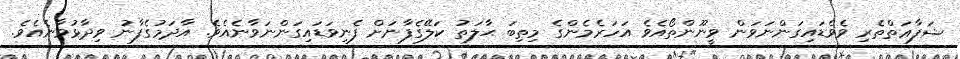
ޝަފާޢަތްތެރި ވެވެޑައިގަންނަވަން ވީނޫންތޯއެވެ އަހަރެމެންގެ މިތިބަ ޙާލަތު ކަލޭގެފާނަށް ފެނިވަޑައިގަންނަވާނެއެވެ. އާދަމުގެފާނު ވިދާޅުވާނެއެވެ.